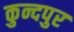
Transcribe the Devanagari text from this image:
कुन्दपुर